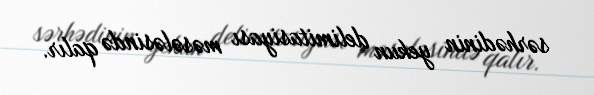
sərhədinin yekun delimitasiyası məsələsində qalır.